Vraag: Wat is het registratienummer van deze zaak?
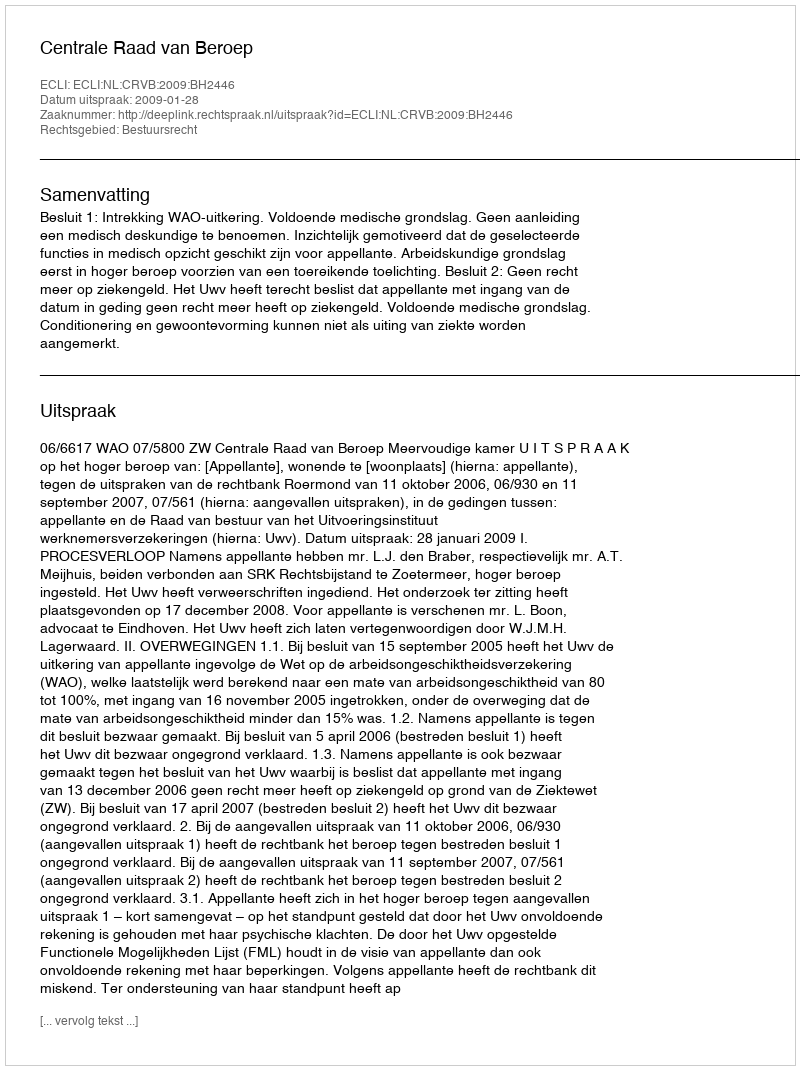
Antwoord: http://deeplink.rechtspraak.nl/uitspraak?id=ECLI:NL:CRVB:2009:BH2446